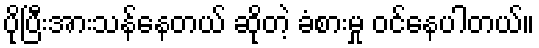
ပိုပြီးအားသန်နေတယ် ဆိုတဲ့ ခံစားမှု ဝင်နေပါတယ်။